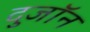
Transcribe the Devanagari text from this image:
दुजॉन